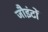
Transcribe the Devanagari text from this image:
जौइंटों